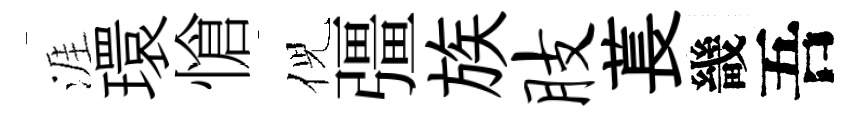
涯環愴倪彊族肢萇畿吾